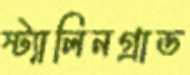
স্ট্যালিনগ্রাড